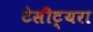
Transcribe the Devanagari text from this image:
टेसीट्यरा